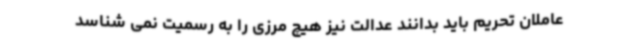
عاملان تحریم باید بدانند عدالت نیز هیچ مرزی را به رسمیت نمی شناسد